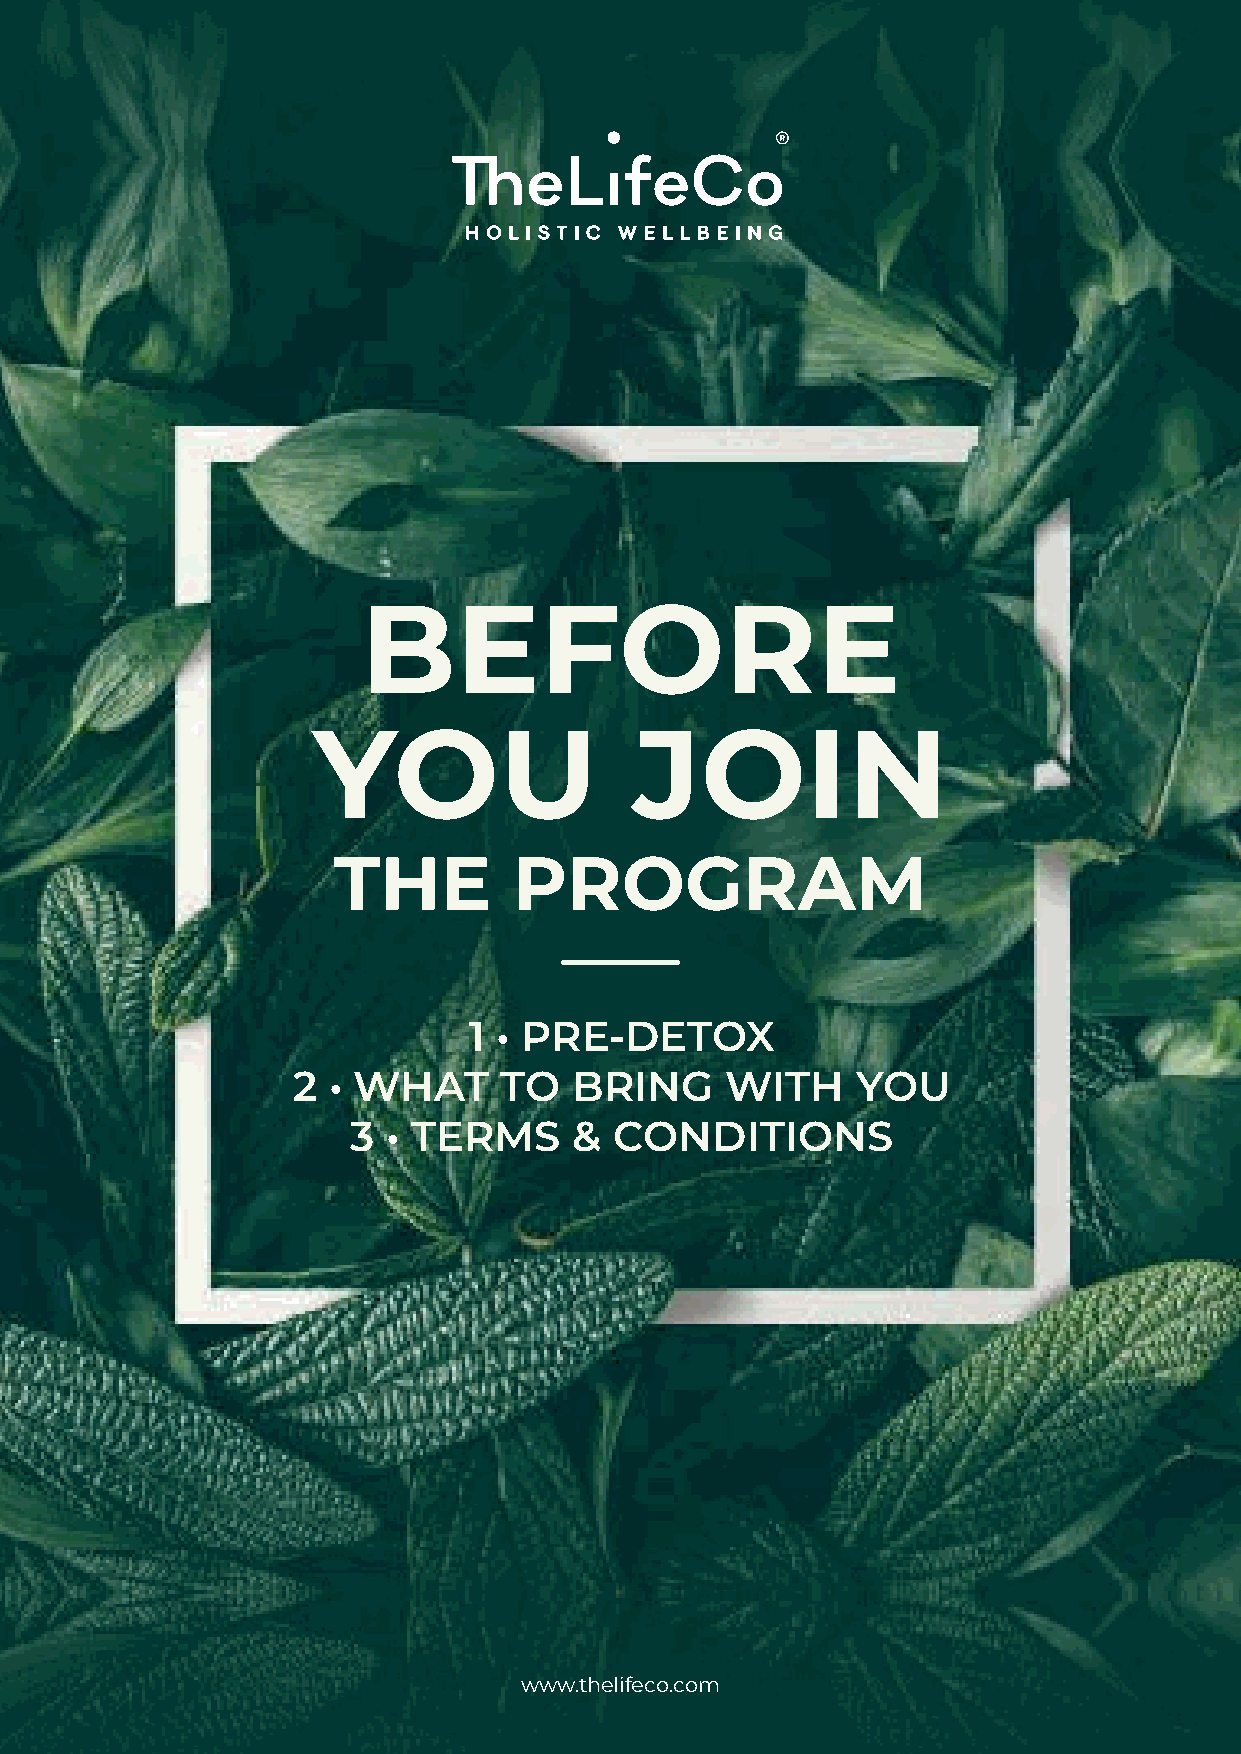
BEFORE
 YOU                  JOIN
 THE         PROGRAM
 1 • PRE-DETOX
 2  • WHAT     TO   BRING     WITH     YOU
 3  • TERMS     &  CONDITIONS
 www.thelifeco.com